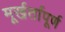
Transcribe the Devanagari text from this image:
मूर्खर्तापूर्ण